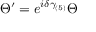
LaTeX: \Theta ^ { \prime } = e ^ { i \delta \gamma _ { ( 5 ) } } \Theta